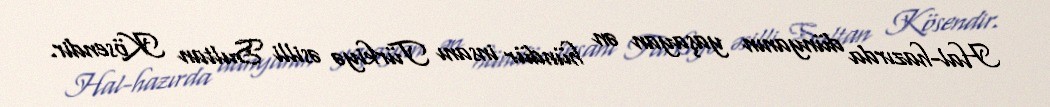
Hal-hazırda dünyanın yaşayan ən hündür insanı Türkiyə əsilli Sultan Kösendir.